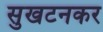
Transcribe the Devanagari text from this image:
सुखटनकर